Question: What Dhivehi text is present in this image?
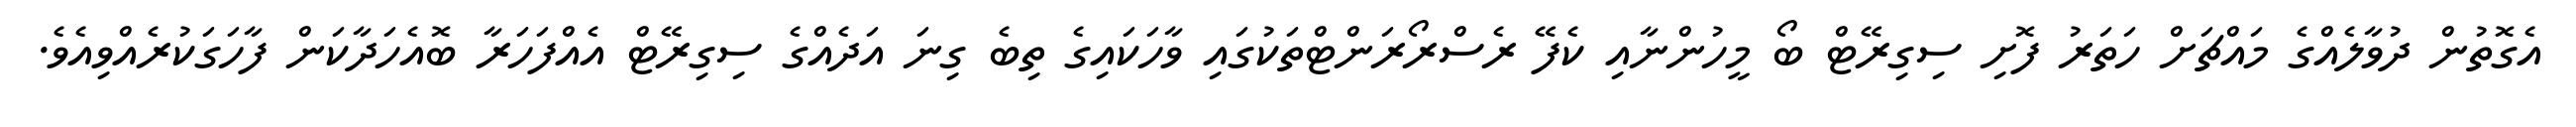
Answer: އެގޮތުން ދުވާލެއްގެ މައްޗަށް ހަތަރު ފޮށި ސިގިރޭޓް ބޯ މީހުންނާއި ކެފޭ ރެސްރޯރަންޓްތަކުގައި ވާހަކައިގެ ތިބެ ގިނަ އަދެއްގެ ސިގިރޭޓް އެއްފަހަރާ ބޮއެހަދާކަން ފާހަގަކުރެއްވިއެވެ.